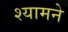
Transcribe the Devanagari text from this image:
श्यामने